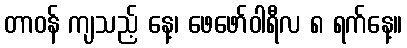
တာဝန် ကျသည့် နေ့၊ ဖေဖော်ဝါရီလ ၈ ရက်နေ့။